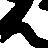
ん